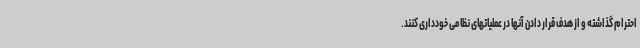
احترام گذاشته و از هدف قرار دادن آنها در عملیاتهای نظامی خودداری کنند.